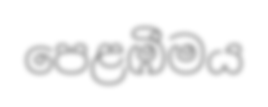
පෙළඹීමය